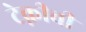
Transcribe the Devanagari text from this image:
टेक्नीची